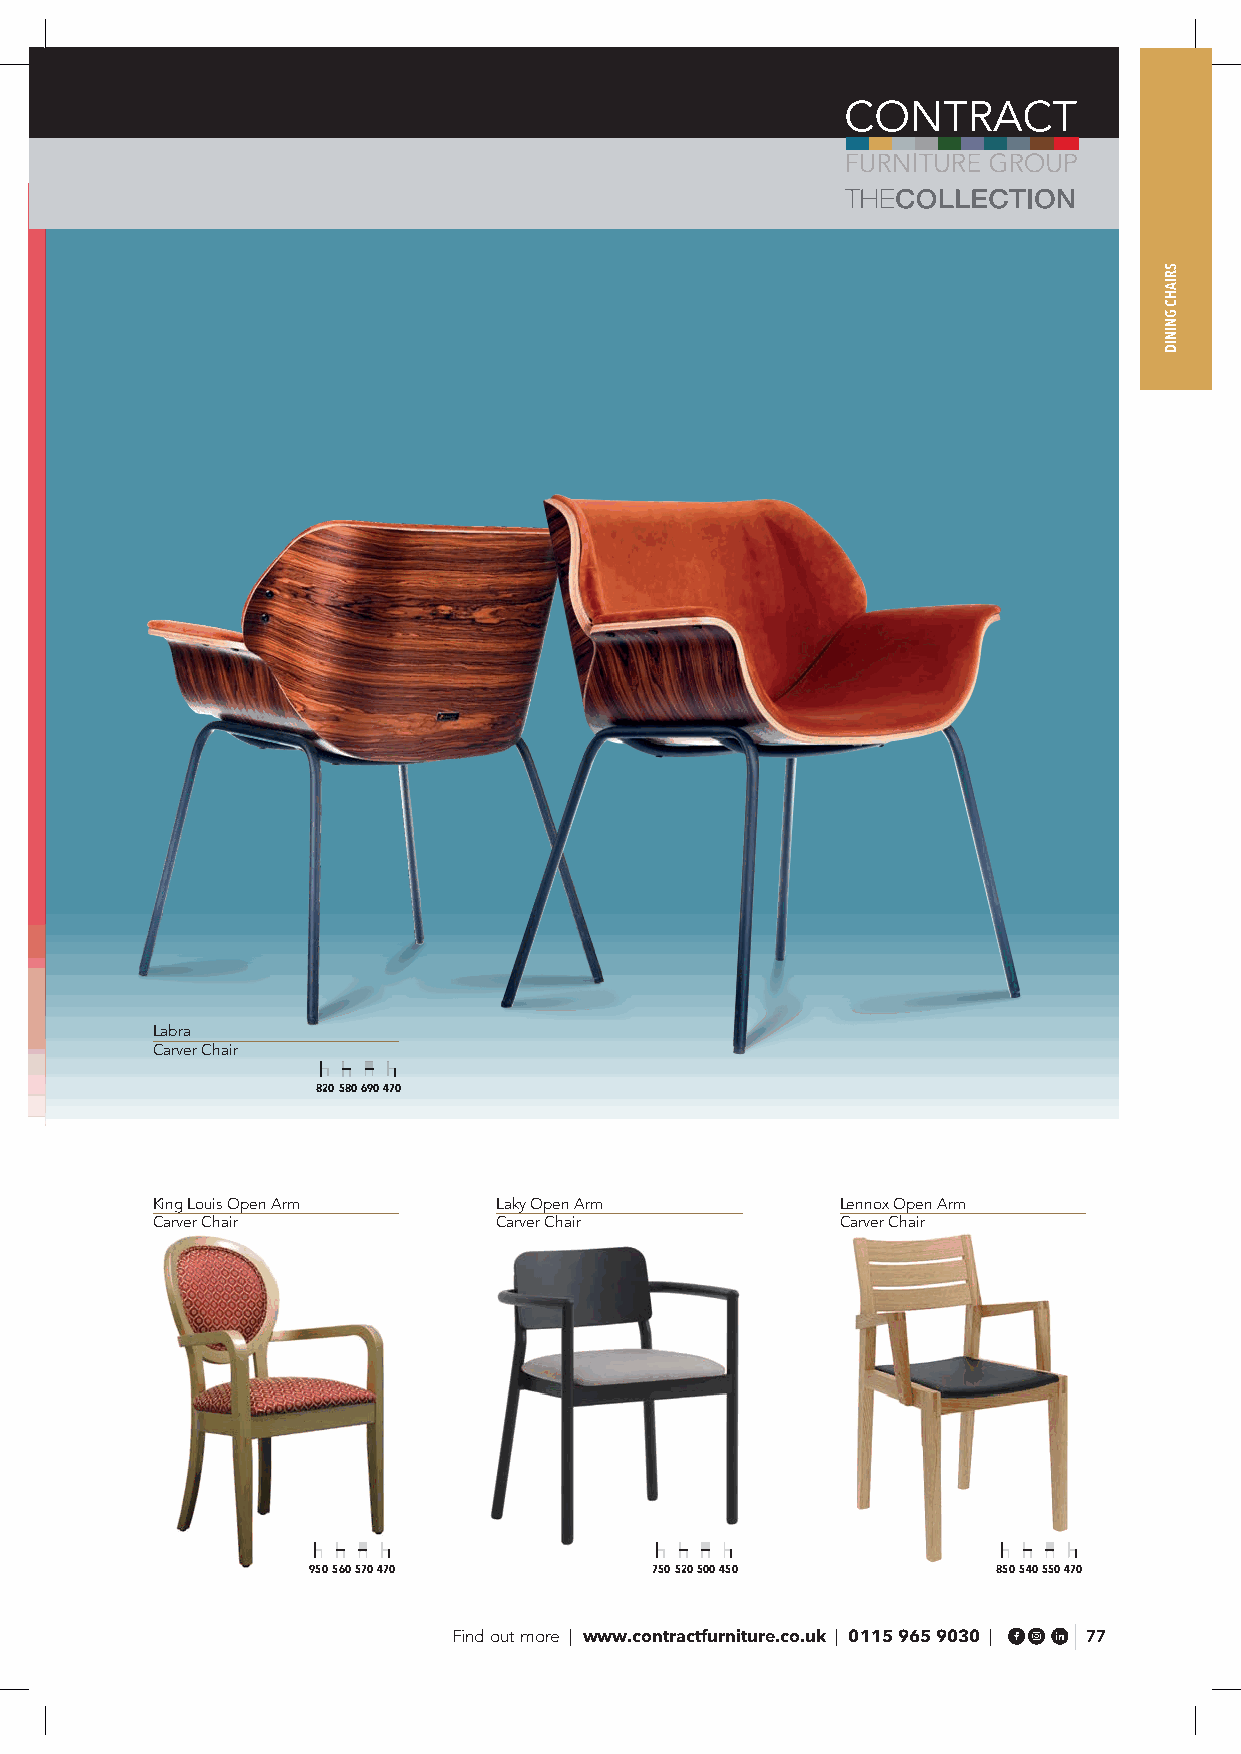
Labra
 Carver Chair
 820 580 690 470
 King Louis Open Arm    Laky Open Arm          Lennox Open Arm
 Carver Chair           Carver Chair           Carver Chair
 950 560 570 470        750 520 500 450        850 540 550 470
 Find out more | www.contractfurniture.co.uk | 0115 965 9030 | 77
 SRIAHC
 GNINID